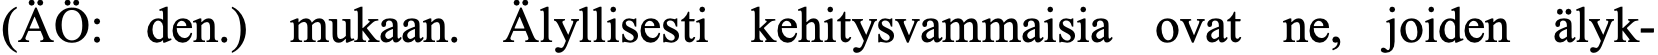
(ÄÖ: den.) mukaan. Älyllisesti kehitysvammaisia ovat ne, joiden älyk-